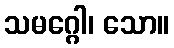
သမဂ္ဂေါ၊ သော။